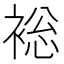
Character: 䙂